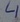
Text: 4